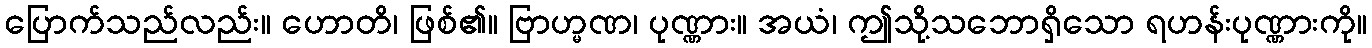
ပြောက်သည်လည်း။ ဟောတိ၊ ဖြစ်၏။ ဗြာဟ္မဏ၊ ပုဏ္ဏား။ အယံ၊ ဤသို့သဘောရှိသော ရဟန်းပုဏ္ဏားကို။